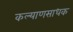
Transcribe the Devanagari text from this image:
कल्याणसाधक